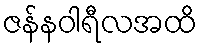
ဇန်နဝါရီလအထိ